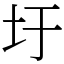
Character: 圩